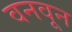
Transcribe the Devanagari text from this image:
वनवून